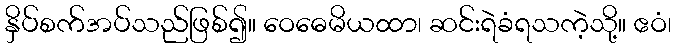
နှိပ်စက်အပ်သည်ဖြစ်၍။ ဝေဓေမိယထာ၊ ဆင်းရဲခံရသကဲ့သို့။ ဧဝံ၊